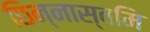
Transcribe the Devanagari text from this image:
छिन्नास्वमि